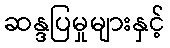
ဆန္ဒပြမှုများနှင့်